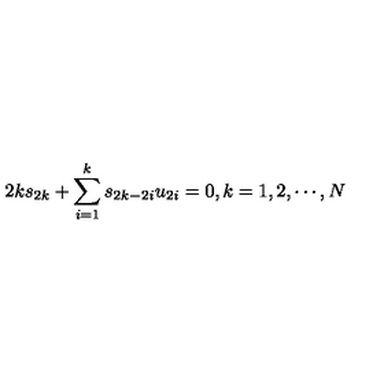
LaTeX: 2 k s _ { 2 k } + \sum _ { i = 1 } ^ { k } s _ { 2 k - 2 i } u _ { 2 i } = 0 , k = 1 , 2 , \cdots , N